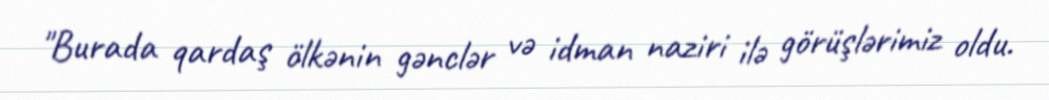
"Burada qardaş ölkənin gənclər və idman naziri ilə görüşlərimiz oldu.